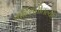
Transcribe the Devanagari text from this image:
जाहिरातीतल्या